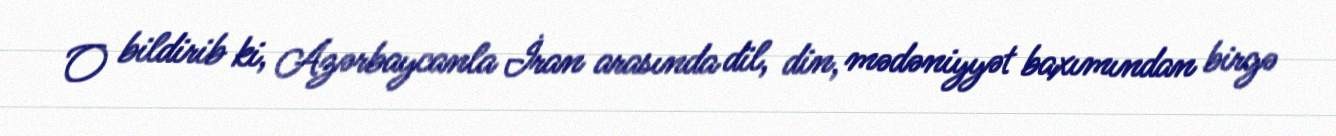
O bildirib ki, Azərbaycanla İran arasında dil, din, mədəniyyət baxımından birgə